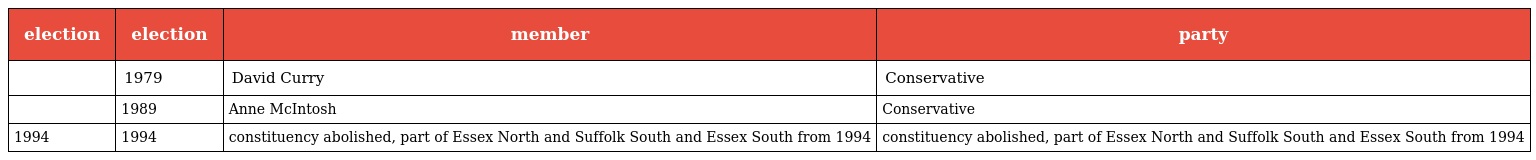
| election | election | member | party |
 | --- | --- | --- | --- |
 |  | 1979 | David Curry | Conservative |
 |  | 1989 | Anne McIntosh | Conservative |
 | 1994 | 1994 | constituency abolished, part of Essex North and Suffolk South and Essex South from 1994 | constituency abolished, part of Essex North and Suffolk South and Essex South from 1994 |